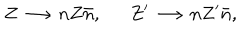
Z \longrightarrow n Z \bar { n } , Z ^ { \prime } \longrightarrow n Z ^ { \prime } \bar { n } ,